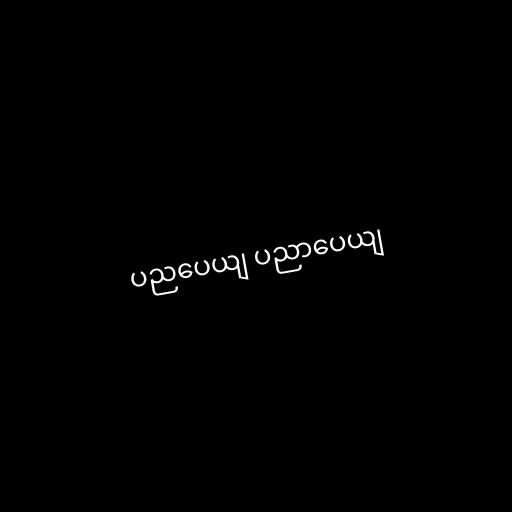
ပညပေယျ ပညာပေယျ